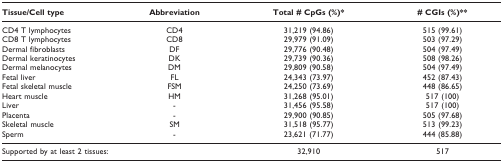
<table><thead><tr><td><b>Tissue/Cell type</b></td><td><b>Abbreviation</b></td><td><b>Total # CpGs (%)*</b></td><td><b># CGIs (%)**</b></td></tr></thead><tbody><tr><td>CD4 T lymphocytes</td><td>CD4</td><td>31,219 (94.86)</td><td>515 (99.61)</td></tr><tr><td>CD8 T lymphocytes</td><td>CD8</td><td>29,979 (91.09)</td><td>503 (97.29)</td></tr><tr><td>Dermal fibroblasts</td><td>DF</td><td>29,776 (90.48)</td><td>504 (97.49)</td></tr><tr><td>Dermal keratinocytes</td><td>DK</td><td>29,739 (90.36)</td><td>508 (98.26)</td></tr><tr><td>Dermal melanocytes</td><td>DM</td><td>29,809 (90.58)</td><td>504 (97.49)</td></tr><tr><td>Fetal liver</td><td>FL</td><td>24,343 (73.97)</td><td>452 (87.43)</td></tr><tr><td>Fetal skeletal muscle</td><td>FSM</td><td>24,250 (73.69)</td><td>448 (86.65)</td></tr><tr><td>Heart muscle</td><td>HM</td><td>31,268 (95.01)</td><td>517 (100)</td></tr><tr><td>Liver</td><td>-</td><td>31,456 (95.58)</td><td>517 (100)</td></tr><tr><td>Placenta</td><td>-</td><td>29,900 (90.85)</td><td>505 (97.68)</td></tr><tr><td>Skeletal muscle</td><td>SM</td><td>31,518 (95.77)</td><td>513 (99.23)</td></tr><tr><td>Sperm</td><td>-</td><td>23,621 (71.77)</td><td>444 (85.88)</td></tr><tr><td>Supported by at least 2 tissues:</td><td></td><td>32,910</td><td>517</td></tr></tbody></table>